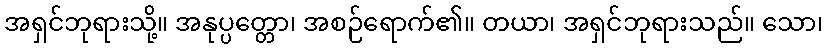
အရှင်ဘုရားသို့။ အနုပ္ပတ္တော၊ အစဉ်ရောက်၏။ တယာ၊ အရှင်ဘုရားသည်။ သော၊